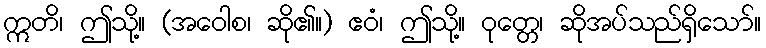
ဣတိ၊ ဤသို့။ (အဝေါစ၊ ဆို၏။) ဧဝံ၊ ဤသို့။ ဝုတ္တေ၊ ဆိုအပ်သည်ရှိသော်။